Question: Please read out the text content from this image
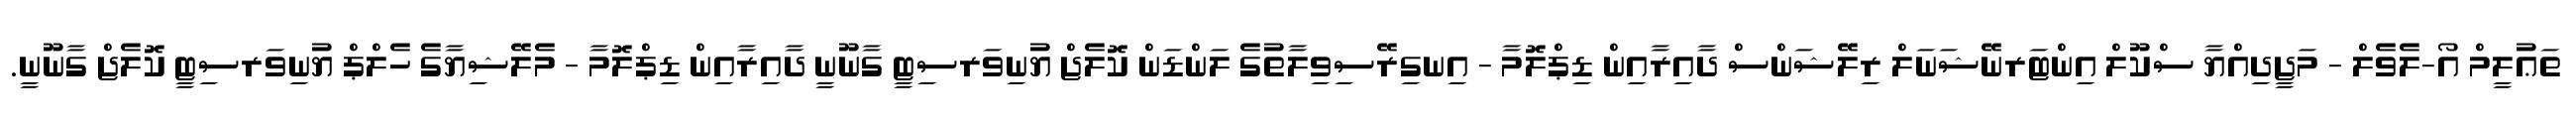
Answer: ތަޢުލީމް އޯ-ލެވެލް - މަޖީދިއްޔާ ސްކޫލް އިންޓަރނޭޝަނަލް ރިލޭޝަންސް ދާއިރާއިން ޑިޕްލޮމާ - އިނގިރޭސިވިލާތުގެ ލަންޑަން ކޮލެޖް ޔުނިވަރސިޓީ ގާނޫނީ ދާއިރާއިން ޑިޕްލޮމާ - މެލޭޝިޔާގެ ހެލްޕް ޔުނިވަރސިޓީ ކޮލެޖް ގާނޫނީ.